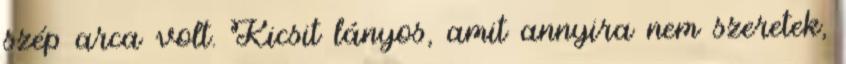
szép arca volt. Kicsit lányos, amit annyira nem szeretek,